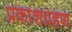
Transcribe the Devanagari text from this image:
प्रकाशग्रहण